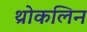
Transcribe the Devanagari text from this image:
थ्रोकलिन